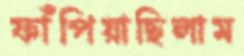
ফাঁপিয়াছিলাম